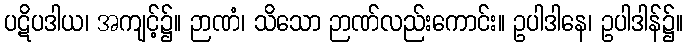
ပဋိပဒါယ၊ အကျင့်၌။ ဉာဏံ၊ သိသော ဉာဏ်လည်းကောင်း။ ဥပါဒါနေ၊ ဥပါဒါန်၌။